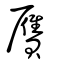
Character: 贋